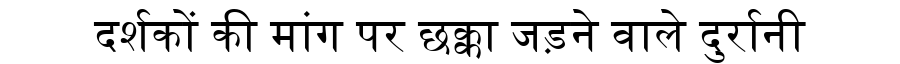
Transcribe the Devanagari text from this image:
दर्शकों की मांग पर छक्का जड़ने वाले दुर्रानी